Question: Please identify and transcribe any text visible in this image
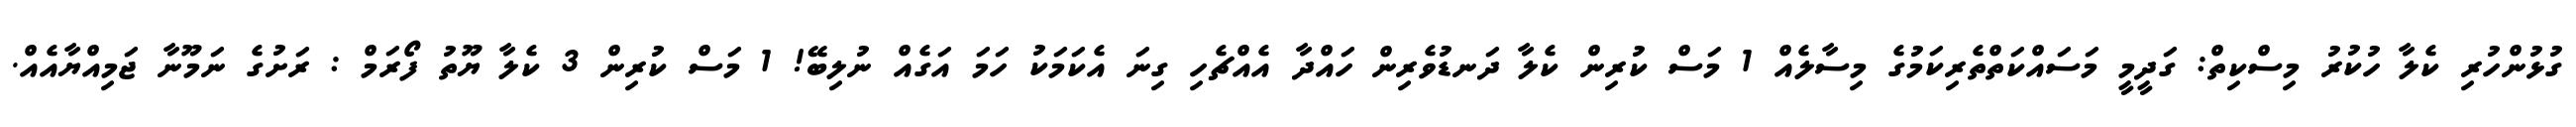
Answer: ގުޅުންހުރި ކެލާ ހުކުރު މިސްކިތް: ގަދީމީ މަސައްކަތްތެރިކަމުގެ މިސާލެއް 1 މަސް ކުރިން ކެލާ ދަނޑުވެރިން ހައްދާ އެއްޗެހި ގިނަ އެކަމަކު ހަމަ އަގެއް ނުލިބޭ! 1 މަސް ކުރިން 3 ކެލާ ޔޫތު ފޯރަމް : ރަށުގެ ނަމޫނާ ޖަމިއްޔާއެއް.